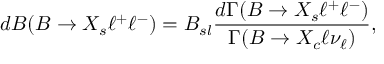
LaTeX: d { \cal B } ( B \to X _ { s } \ell ^ { + } \ell ^ { - } ) = { \cal B } _ { s l } \frac { d \Gamma ( B \to X _ { s } \ell ^ { + } \ell ^ { - } ) } { \Gamma ( B \to X _ { c } \ell \nu _ { \ell } ) } ,